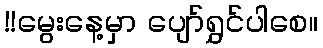
!!မွေးနေ့မှာ ပျော်ရွှင်ပါစေ။